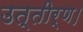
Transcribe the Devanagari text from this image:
उत्तीर्ण।